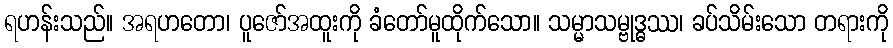
ရဟန်းသည်။ အရဟတော၊ ပူဇော်အထူးကို ခံတော်မူထိုက်သော။ သမ္မာသမ္ဗုဒ္ဓဿ၊ ခပ်သိမ်းသော တရားကို